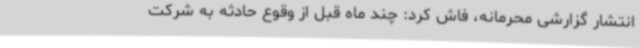
انتشار گزارشی محرمانه، فاش کرد: چند ماه قبل از وقوع حادثه به شرکت